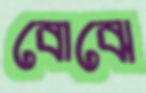
বোঝে